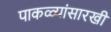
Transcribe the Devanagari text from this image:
पाकळ्यांसारखी